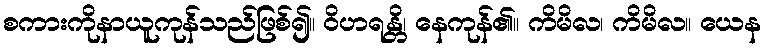
စကားကိုနာယူကုန်သည်ဖြစ်၍။ ဝိဟရန္တိ၊ နေကုန်၏။ ကိမိလ၊ ကိမိလ။ ယေန